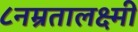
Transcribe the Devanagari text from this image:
८नम्रतालक्ष्मी